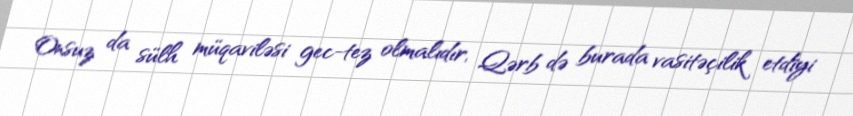
Onsuz da sülh müqaviləsi gec-tez olmalıdır, Qərb də burada vasitəçilik etdiyi